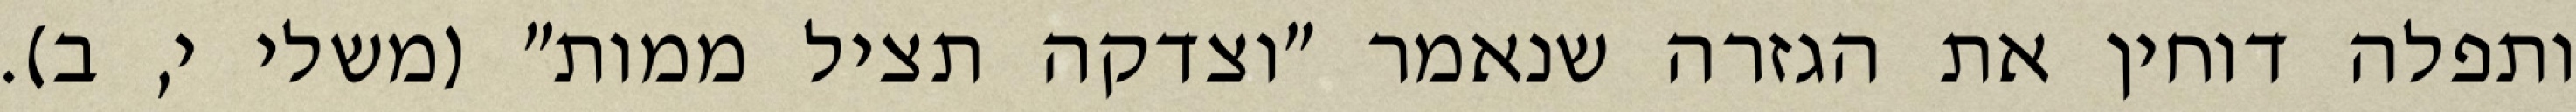
ותפלה דוחין את הגזרה שנאמר "וצדקה תציל ממות" (משלי י, ב).